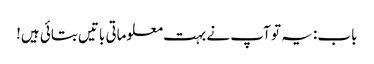
باب: یہ تو آپ نے بہت معلوماتی باتیں بتائی ہیں!